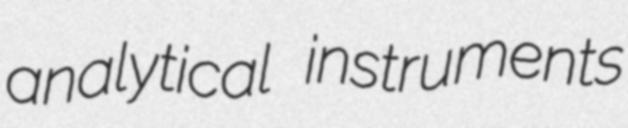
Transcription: analytical instruments